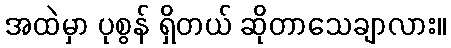
အထဲမှာ ပုစွန် ရှိတယ် ဆိုတာသေချာလား။